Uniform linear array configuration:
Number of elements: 12
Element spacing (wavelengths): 0.25
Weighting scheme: binomial
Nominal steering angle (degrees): -30
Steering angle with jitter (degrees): -31.344
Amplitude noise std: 0.05
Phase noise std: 0.05

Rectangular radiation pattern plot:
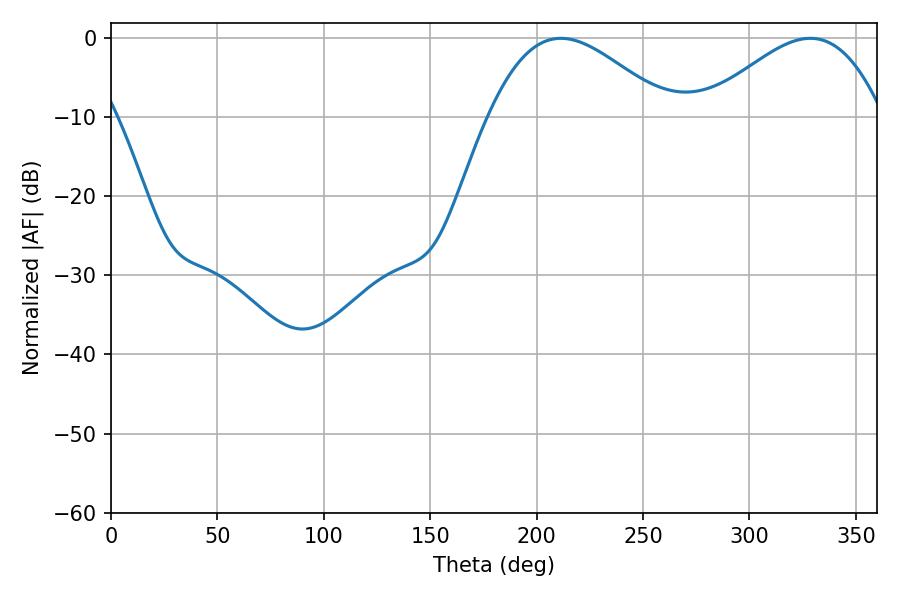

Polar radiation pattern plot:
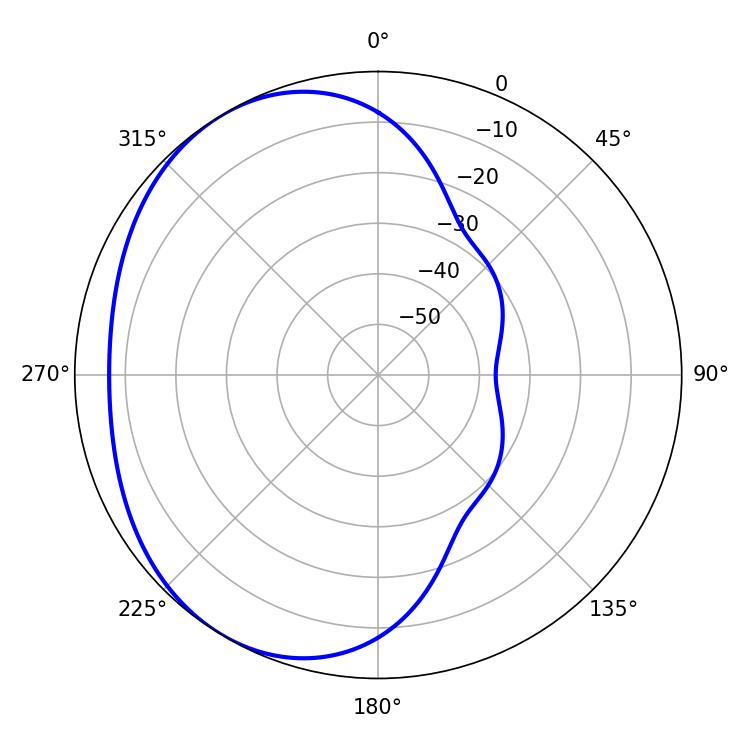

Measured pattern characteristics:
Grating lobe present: FALSE
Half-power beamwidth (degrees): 45.36
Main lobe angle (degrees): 211.32